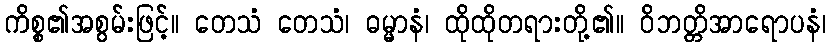
ကိစ္စ၏အစွမ်းဖြင့်။ တေသံ တေသံ၊ ဓမ္မာနံ၊ ထိုထိုတရားတို့၏။ ဝိဘတ္တိအာရောပနံ၊